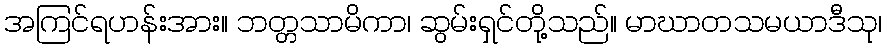
အကြင်ရဟန်းအား။ ဘတ္တသာမိကာ၊ ဆွမ်းရှင်တို့သည်။ မာဃာတသမယာဒီသု၊